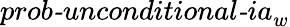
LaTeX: \textit{prob-unconditional-ia}_{w}